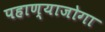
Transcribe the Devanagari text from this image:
पहाण्याजोगा